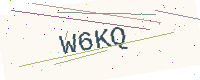
Text: W6KQ